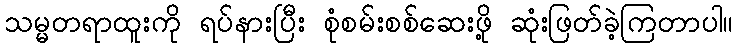
သမ္မတရာထူးကို ရပ်နားပြီး စုံစမ်းစစ်ဆေးဖို့ ဆုံးဖြတ်ခဲ့ကြတာပါ။